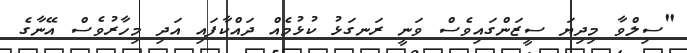
"ސިލްވާ މިދިޔަ ސީޒަންގައިވެސް ވަނީ ރަނގަޅު ކުޅުމެއް ދައްކާފައި އަދި މިހާރުވެސް އޭނާގެ